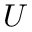
U